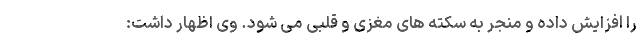
را افزایش داده و منجر به سکته های مغزی و قلبی می شود. وی اظهار داشت: